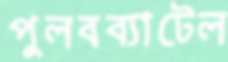
পুলবব্যাটেল